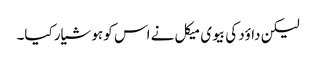
لیکن داؤد کی بیوی میکل نے اس کو ہوشیار کیا۔